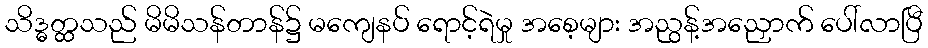
သိဒ္ဓတ္ထသည် မိမိသန်တာန်၌ မကျေနပ် ရောင့်ရဲမှု အစေ့များ အညွန့်အညှောက် ပေါ်လာပြီ